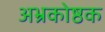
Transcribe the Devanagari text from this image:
अभ्रकोष्ठक